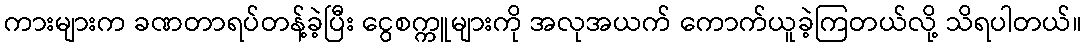
ကားများက ခဏတာရပ်တန့်ခဲ့ပြီး ငွေစက္ကူများကို အလုအယက် ကောက်ယူခဲ့ကြတယ်လို့ သိရပါတယ်။